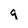
Character: q